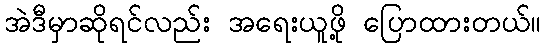
အဲဒီမှာဆိုရင်လည်း အရေးယူဖို့ ပြောထားတယ်။